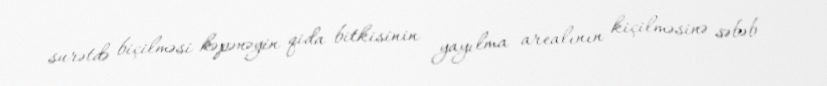
surətdə biçilməsi kəpənəyin qida bitkisinin yayılma arealının kiçilməsinə səbəb